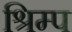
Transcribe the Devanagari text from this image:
श्रिम्‍प